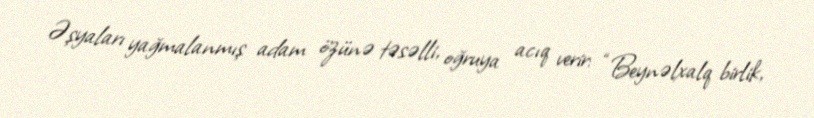
Əşyaları yağmalanmış adam özünə təsəlli, oğruya acıq verir: “Beynəlxalq birlik,